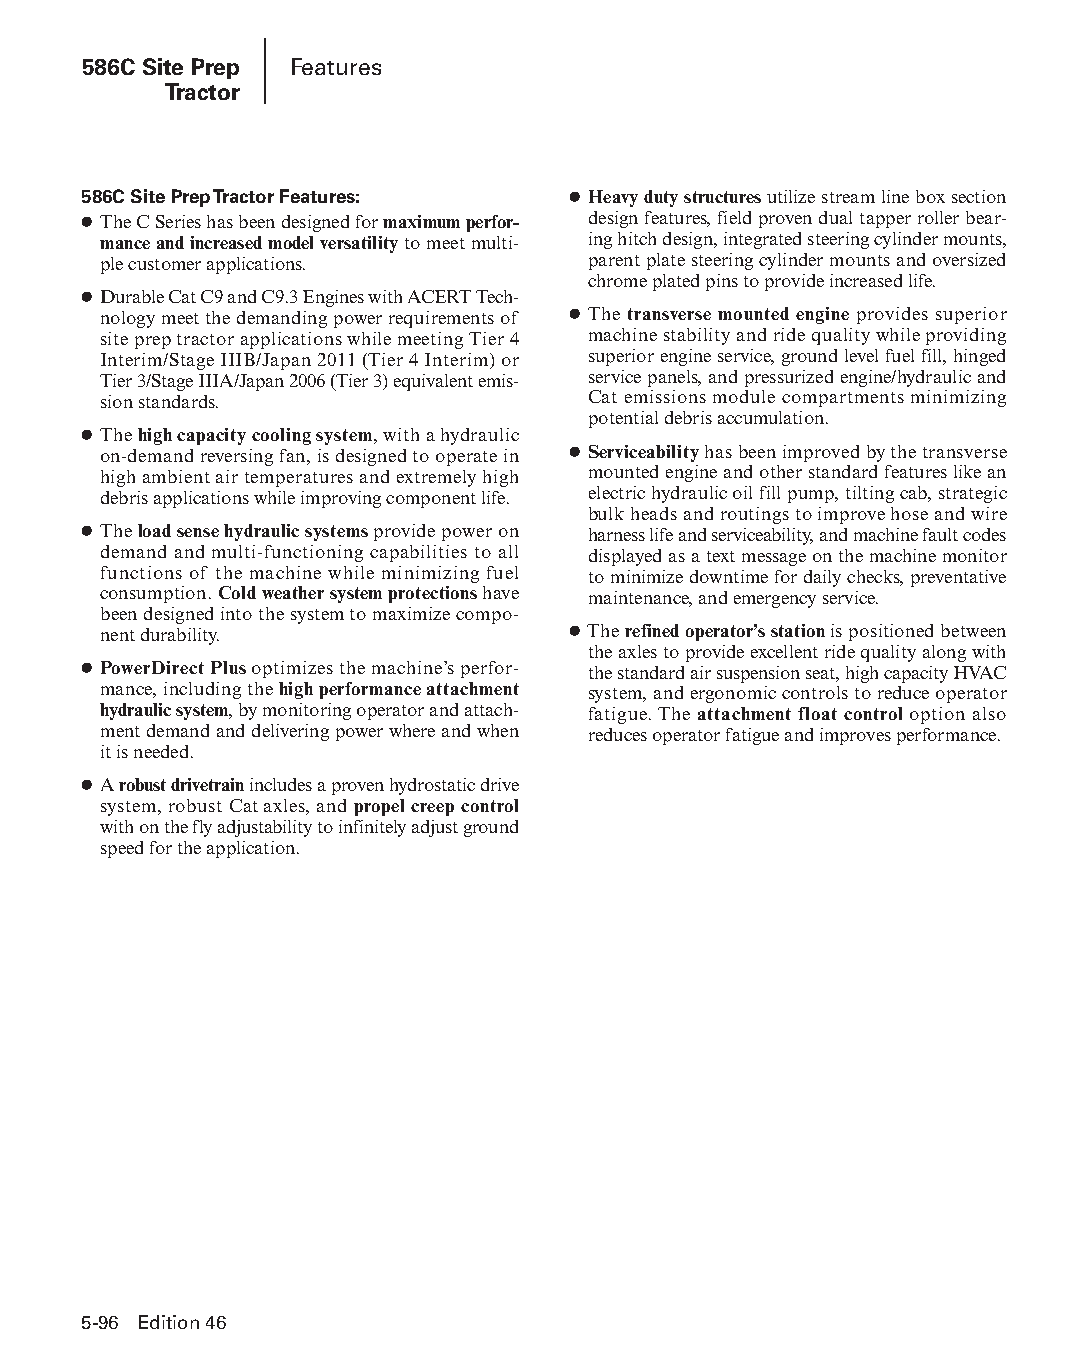
586C Site Prep Features
 Tractor
 586C Site Prep Tractor Features: ● Heavy duty structures utilize stream line box section
 ● The C Series has been designed for maximum perfor- design features, field proven dual tapper roller bear-
 mance and increased model versatility to meet multi- ing hitch design, integrated steering cylinder mounts,
 ple customer applications.      parent plate steering cylinder mounts and oversized
 chrome plated pins to provide increased life.
 ● Durable Cat C9 and C9.3 Engines with ACERT Tech-
 nology meet the demanding power requirements of ● The transverse mounted engine provides superior
 site prep tractor applications while meeting Tier 4 machine stability and ride quality while providing
 Interim/Stage IIIB/Japan 2011 (Tier 4 Interim) or superior engine service, ground level fuel fill, hinged
 Tier 3/Stage IIIA/Japan 2006 (Tier 3) equivalent emis- service panels, and pressurized engine/hydraulic and
 sion standards.                 Cat emissions module compartments minimizing
 potential debris accumulation.
 ● The high capacity cooling system, with a hydraulic
 on-demand reversing fan, is designed to operate in ● Serviceability has been improved by the transverse
 high ambient air temperatures and extremely high mounted engine and other standard features like an
 debris applications while improving component life. electric hydraulic oil fill pump, tilting cab, strategic
 bulk heads and routings to improve hose and wire
 ● The load sense hydraulic systems provide power on harness life and serviceability, and machine fault codes
 demand and multi-functioning capabilities to all displayed as a text message on the machine monitor
 func tions of the machine while minimizing fuel to minimize downtime for daily checks, preventative
 consump tion. Cold weather system protections have maintenance, and emergency service.
 been designed into the system to maximize compo-
 nent durability.               ● The refined operator’s station is positioned between
 the axles to provide excellent ride quality along with
 ● PowerDirect Plus optimizes the machine’s perfor- the standard air suspension seat, high capacity HVAC
 mance, including the high performance attachment system, and ergonomic controls to reduce operator
 hydraulic system, by monitoring operator and attach- fatigue. The attachment float control option also
 ment demand and delivering power where and when reduces operator fatigue and improves performance.
 it is needed.
 ● A robust drivetrain includes a proven hydrostatic drive
 system, robust Cat axles, and propel creep control
 with on the fly adjustability to infinitely adjust ground
 speed for the application.
 5-96 Edition 46
 PPHHBB--SSeecc0055--1166..iinndddd 9966                        1122//44//1155 22::1188 PPMM